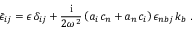
\bar { \epsilon } _ { i j } = \epsilon \, \delta _ { i j } + { \frac { \mathrm { i } } { { 2 { \omega } ^ { 2 } } } } \left( a _ { i } \, c _ { n } + a _ { n } \, c _ { i } \right) { \epsilon } _ { n b j } \, k _ { b } \; .